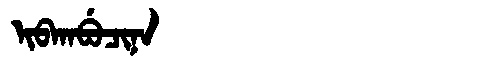
Manchu: ᡳᠪᡴᠠᠪᡠᠴᡳᠨᠠ
Romanization: IBKABUCINA